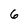
Character: 6